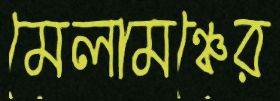
মেলামঞ্চের